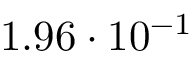
1 . 9 6 \cdot 1 0 ^ { - 1 }